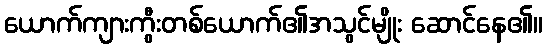
ယောက်ကျားကွီးတစ်ယောက်၏အသွင်မျိုး ဆောင်နေ၏။